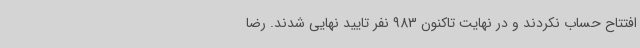
افتتاح حساب نکردند و در نهایت تاکنون 983 نفر تایید نهایی شدند. رضا